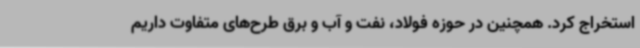
استخراج کرد. همچنین در حوزه فولاد، نفت و آب و برق طرح‌های متفاوت داریم